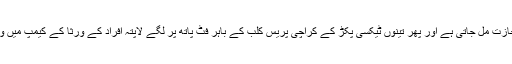
اور پھر پاکستان مخالف سرگرمیوں کے الزام میں حراست میں لیے بغیرگھر واپسی کی اجازت مل جاتی ہے اور پھر تینوں ٹیکسی پکڑ کے کراچی پریس کلب کے باہر فٹ پاتھ پر لگے لاپتہ افراد کے ورثا کے کیمپ میں واپس پہنچ جاتے ہیں اور حسبِ معمول پاکستان دشمن سرگرمیوں میں مشغول ہوجاتے ہیں۔